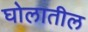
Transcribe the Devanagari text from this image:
घोलातील